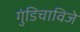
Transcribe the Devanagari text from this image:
गुंडिचाविजे